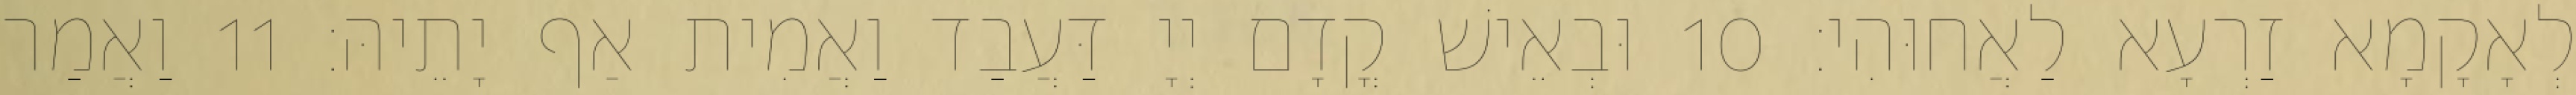
לְאָקָמָא זַרְעָא לַאֲחוּהִי׃ 10 וּבְאֵישׁ קֳדָם יְיָ דַּעֲבַד וַאֲמִית אַף יָתֵיהּ׃ 11 וַאֲמַר